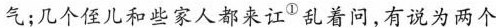
气；几个侄儿和些家人都来讧^{① }乱着问，有说为两个